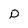
Character: D